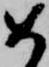
如